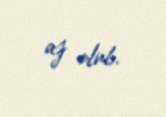
az olub.